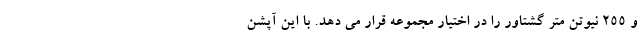
و 255 نیوتن متر گشتاور را در اختیار مجموعه قرار می دهد. با این آپشن